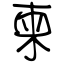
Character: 柬